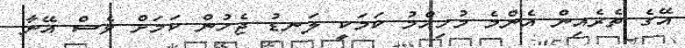
އޭގެ ތެރެއިން އެންމެ މުހިއްމު ކަމަކީ ލަނޑު ޖެހުން ކަމަށް ވެސް އޭނާ